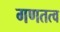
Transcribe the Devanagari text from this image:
गणतत्व